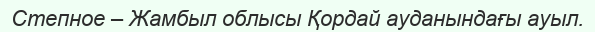
Степное – Жамбыл облысы Қордай ауданындағы ауыл.